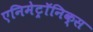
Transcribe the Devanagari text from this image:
एनिमेट्रॉनिक्स